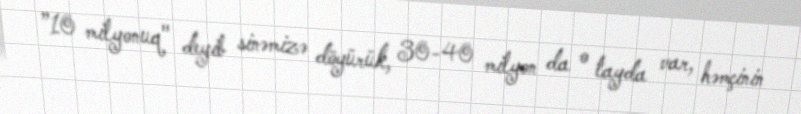
”10 milyonuq" deyib sinəmizə döyürük, 30-40 milyon da o tayda var, həmçinin